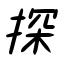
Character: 探